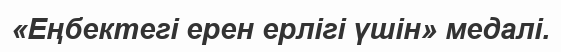
«Еңбектегі ерен ерлігі үшін» медалі.